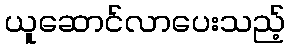
ယူဆောင်လာပေးသည့်